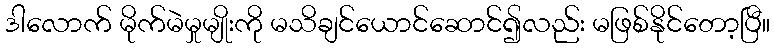
ဒါလောက် မိုက်မဲမှုမျိုးကို မသိချင်ယောင်ဆောင်၍လည်း မဖြစ်နိုင်တော့ပြီ။